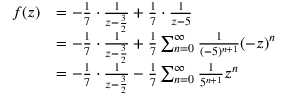
\begin{array} { r l } { f ( z ) } & { = - \frac { 1 } { 7 } \cdot \frac { 1 } { z - \frac { 3 } { 2 } } + \frac { 1 } { 7 } \cdot \frac { 1 } { z - 5 } } \\ & { = - \frac { 1 } { 7 } \cdot \frac { 1 } { z - \frac { 3 } { 2 } } + \frac { 1 } { 7 } \sum _ { n = 0 } ^ { \infty } \frac { 1 } { ( - 5 ) ^ { n + 1 } } ( - z ) ^ { n } } \\ & { = - \frac { 1 } { 7 } \cdot \frac { 1 } { z - \frac { 3 } { 2 } } - \frac { 1 } { 7 } \sum _ { n = 0 } ^ { \infty } \frac { 1 } { 5 ^ { n + 1 } } z ^ { n } } \end{array}